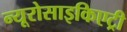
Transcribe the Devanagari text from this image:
न्यूरोसाइकिएट्री